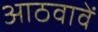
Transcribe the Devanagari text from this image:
आठवावें